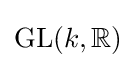
\operatorname {GL} (k,\mathbb {R} )